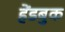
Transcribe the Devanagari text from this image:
हेंडबुक